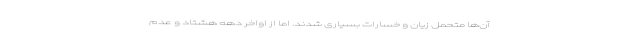
آن‌ها متحمل زیان و خسارات بسیاری شدند. اما از اواخر دهه هشتاد و عدم